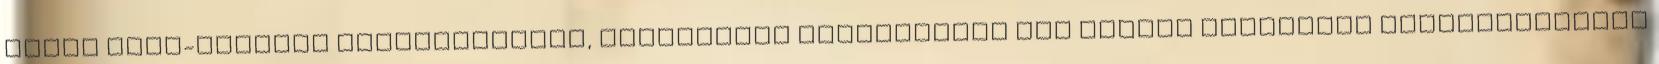
közös Irán-ellenes intézkedésről, ugyanakkor rendelkezik egy kisebb bizottság felállításáról